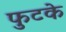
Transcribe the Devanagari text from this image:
फुटके